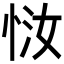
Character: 𫺈